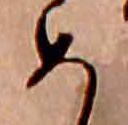
め